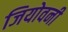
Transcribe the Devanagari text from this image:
जियोवनी